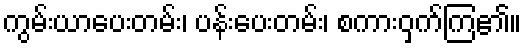
ကွမ်းယာပေးတမ်း၊ ပန်းပေးတမ်း၊ စကားဝှက်ကြ၏။